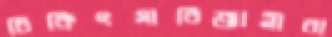
চিকিৎসাবিজ্ঞানীরা